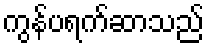
ကွန်ပရက်ဆာသည်